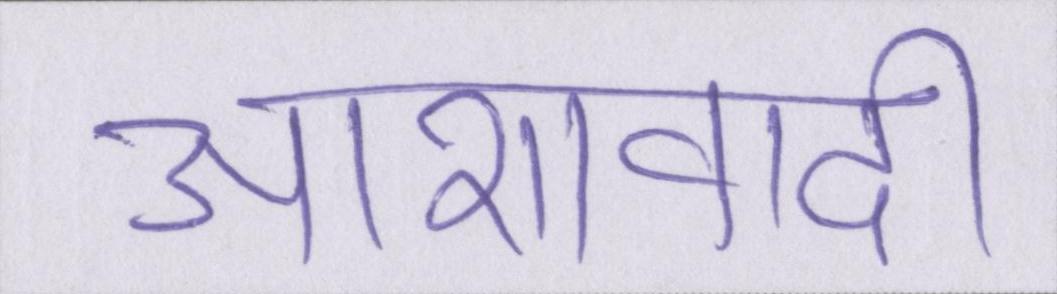
आशावादी